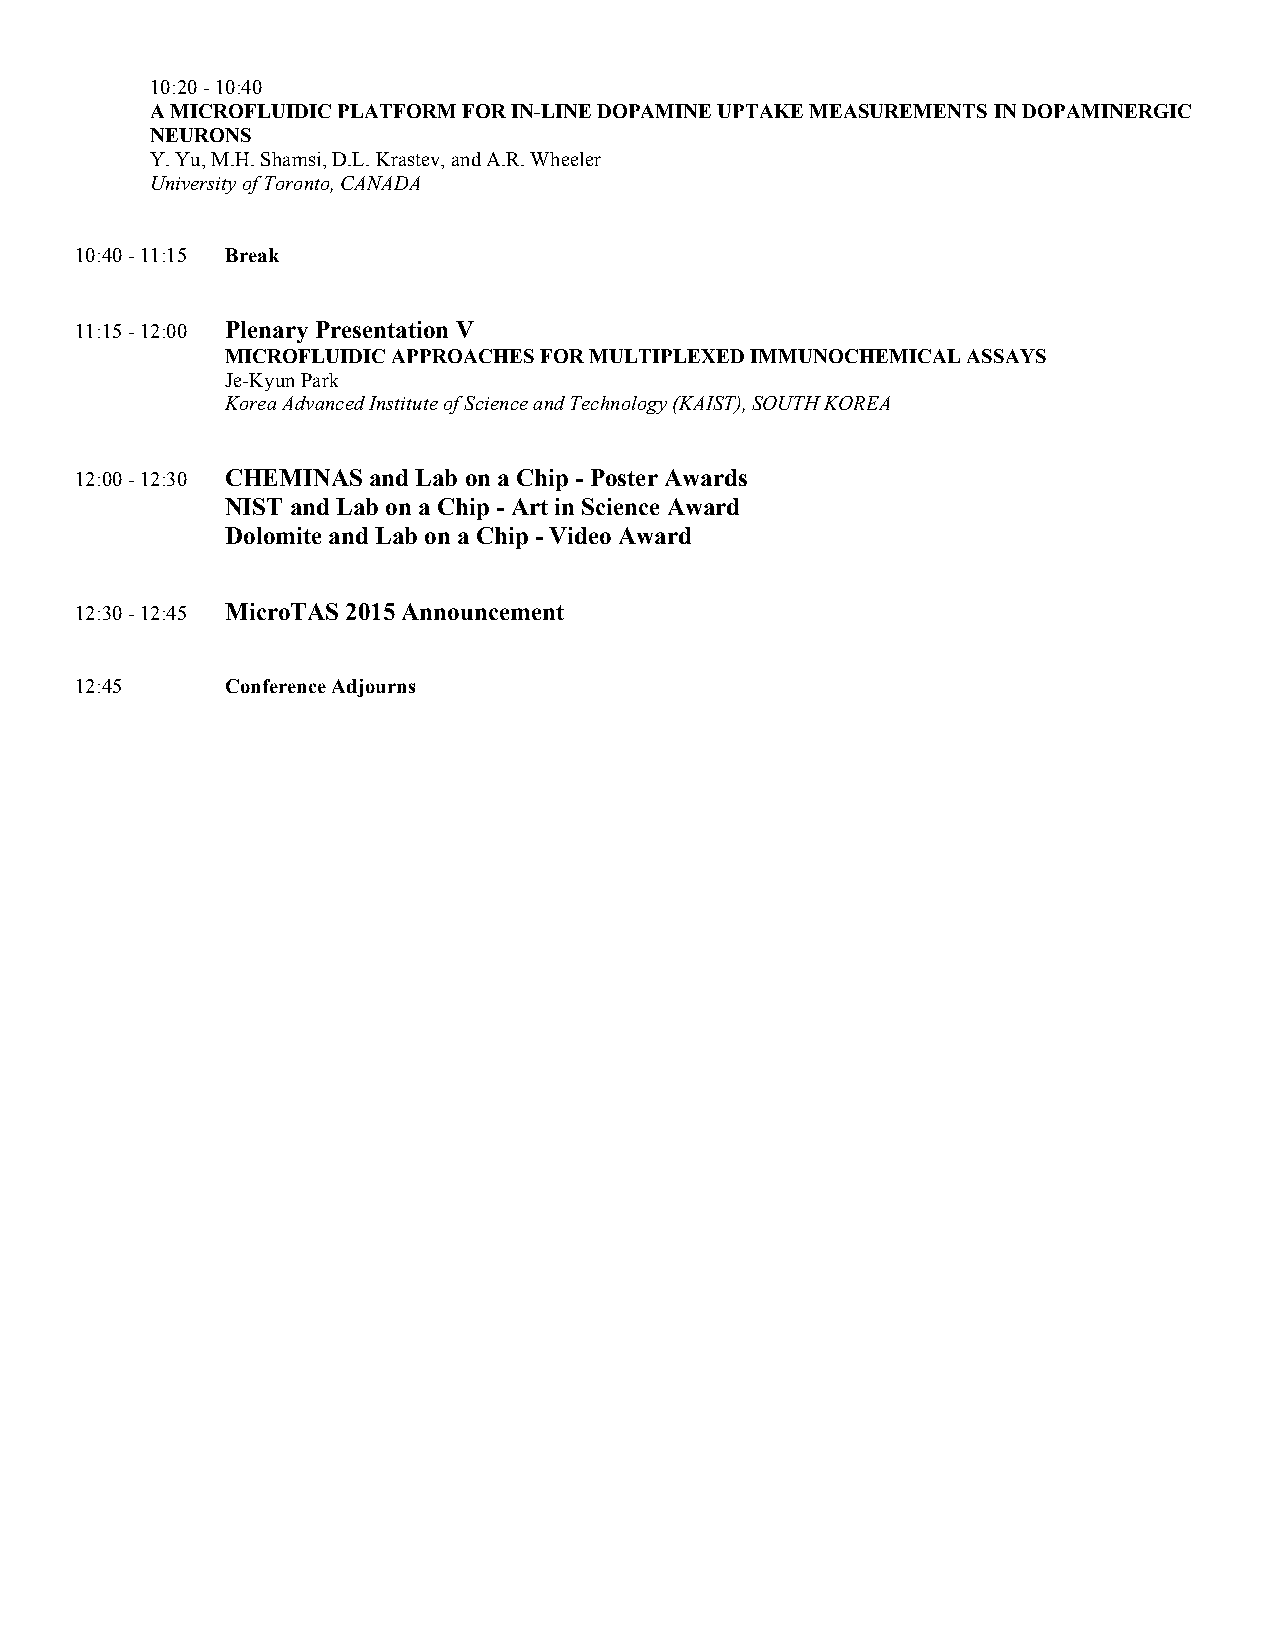
10:20 - 10:40
 A MICROFLUIDIC PLATFORM FOR IN-LINE DOPAMINE UPTAKE MEASUREMENTS IN DOPAMINERGIC
 NEURONS
 Y. Yu, M.H. Shamsi, D.L. Krastev, and A.R. Wheeler
 University of Toronto, CANADA
 10:40 - 11:15 Break
 11:15 - 12:00 Plenary Presentation V
 MICROFLUIDIC APPROACHES FOR MULTIPLEXED IMMUNOCHEMICAL ASSAYS
 Je-Kyun Park
 Korea Advanced Institute of Science and Technology (KAIST), SOUTH KOREA
 12:00 - 12:30 CHEMINAS and Lab on a Chip - Poster Awards
 NIST and Lab on a Chip - Art in Science Award
 Dolomite and Lab on a Chip - Video Award
 12:30 - 12:45 MicroTAS 2015 Announcement
 12:45     Conference Adjourns